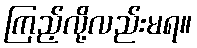
ကြည့်လို့လည်းမရ။